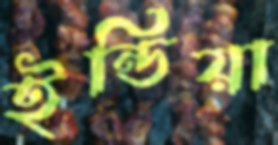
ইন্ডিয়া